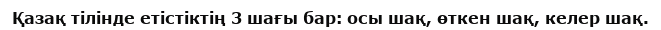
Қазақ тілінде етістіктің 3 шағы бар: осы шақ, өткен шақ, келер шақ.